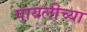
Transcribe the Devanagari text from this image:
पायलीच्या